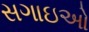
સગાઇઓ